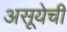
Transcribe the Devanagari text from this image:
असूयेची